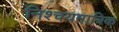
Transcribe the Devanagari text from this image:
निश्चयमात्रिक